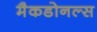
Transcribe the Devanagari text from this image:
मैकडोनल्स